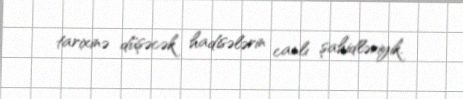
tarixinə düşəcək hadisələrin canlı şahidləriyik.